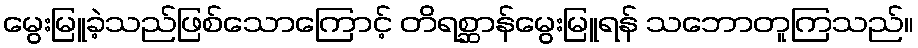
မွေးမြူခဲ့သည်ဖြစ်သောကြောင့် တိရစ္ဆာန်မွေးမြူရန် သဘောတူကြသည်။